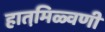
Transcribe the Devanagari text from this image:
हातमि़ळ्वणी